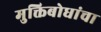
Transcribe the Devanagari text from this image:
मुक्तिबोधांचा